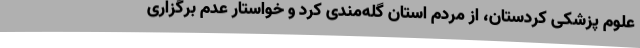
علوم پزشکی کردستان، از مردم استان گله‌مندی کرد و خواستار عدم برگزاری